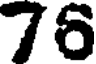
76